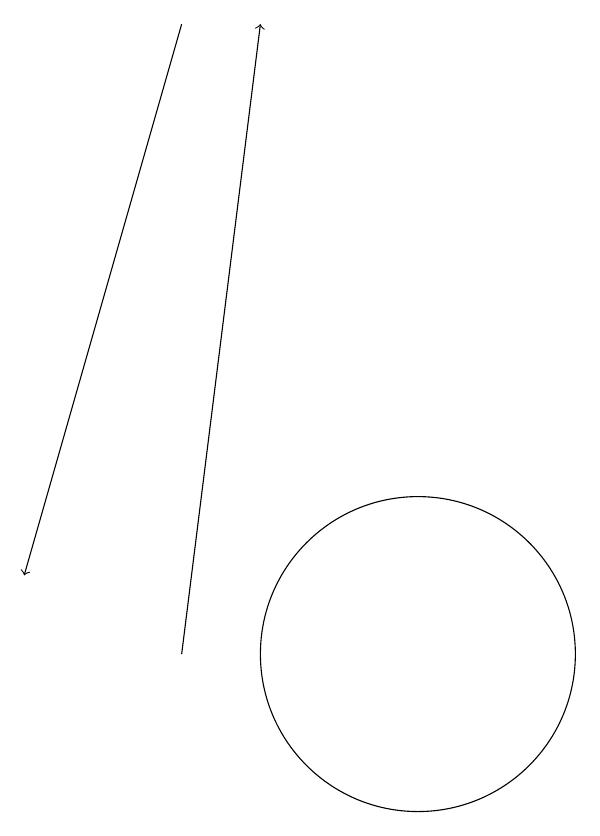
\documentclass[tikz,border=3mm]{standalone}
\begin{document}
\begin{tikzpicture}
\draw (11,10) circle (2);
\draw[->] (8,18) -- (6,11);
\draw[->] (8,10) -- (9,18);
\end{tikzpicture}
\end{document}